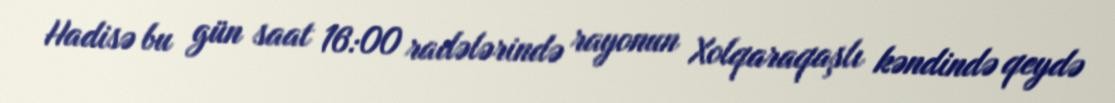
Hadisə bu gün saat 16:00 radələrində rayonun Xolqaraqaşlı kəndində qeydə